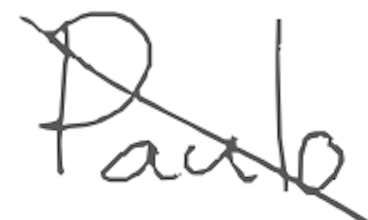
Text: Paulo
Cross-out: mix
Writing tool: digital_gray